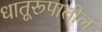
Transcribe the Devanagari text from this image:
धातूरूपातील